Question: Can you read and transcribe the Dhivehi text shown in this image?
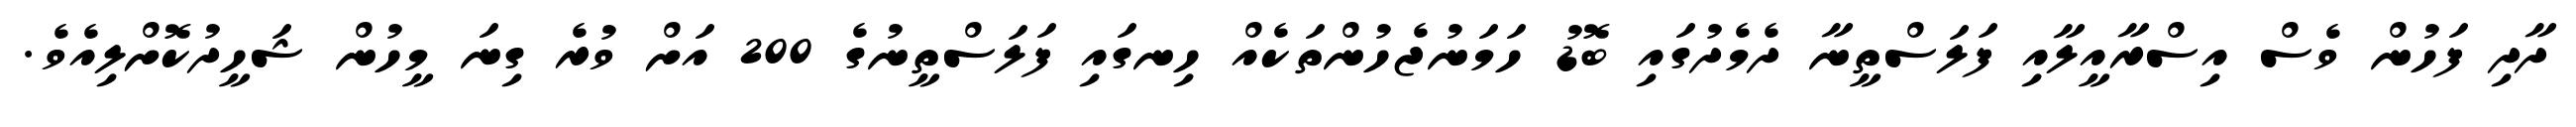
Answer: ދާދި ފަހުން ވެސް އިސްރާއީލާއި ފަލަސްތީނާ ދެމެދުގައި ބޮޑު ހަމަނުޖެހުންތަކެއް ހިނގައި ފަލަސްތީނުގެ 200 އަށް ވުރެ ގިނަ މީހުން ޝަހީދުކޮށްލިއެވެ.